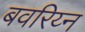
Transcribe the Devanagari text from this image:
बवरिय्न